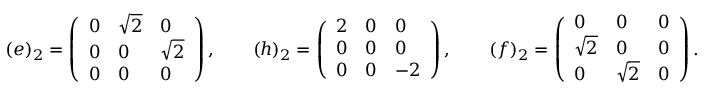
( e ) _ { 2 } = \left( \begin{array} { l l l } { 0 } & { \sqrt { 2 } } & { 0 } \\ { 0 } & { 0 } & { \sqrt { 2 } } \\ { 0 } & { 0 } & { 0 } \end{array} \right) , \qquad ( h ) _ { 2 } = \left( \begin{array} { l l l } { 2 } & { 0 } & { 0 } \\ { 0 } & { 0 } & { 0 } \\ { 0 } & { 0 } & { - 2 } \end{array} \right) , \qquad ( f ) _ { 2 } = \left( \begin{array} { l l l } { 0 } & { 0 } & { 0 } \\ { \sqrt { 2 } } & { 0 } & { 0 } \\ { 0 } & { \sqrt { 2 } } & { 0 } \end{array} \right) .